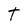
Character: T